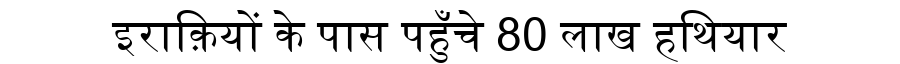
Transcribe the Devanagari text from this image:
इराक़ियों के पास पहुँचे 80 लाख हथियार